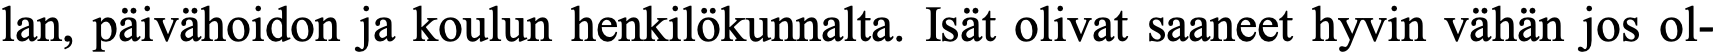
lan, päivähoidon ja koulun henkilökunnalta. Isät olivat saaneet hyvin vähän jos ol-